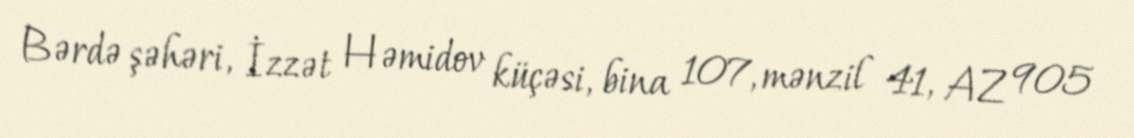
Bərdə şəhəri, İzzət Həmidov küçəsi, bina 107, mənzil 41, AZ 905